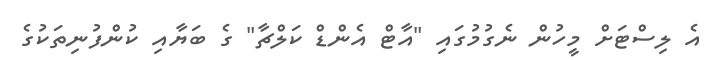
އެ ލިސްޓަށް މީހުން ނެގުމުގައި "އާޓް އެންޑް ކަލްޗާ" ގެ ބަޔާއި ކުންފުނިތަކުގެ